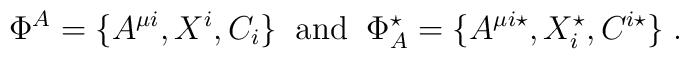
\Phi^{A}=\{A^{\mu i},X^{i},C_{i}\}\;\;{\rm and}\;\;\Phi^{\star}_{A}=\{A^{\mu i\star},X^{\star}_{i},C^{i\star}\}\;.